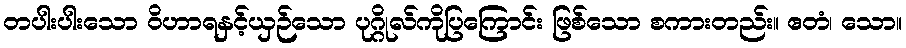
တပါးပါးသော ဝိဟာရနှင့်ယှဉ်သော ပုဂ္ဂိုလ်ကိုပြကြောင်း ဖြစ်သော စကားတည်း။ ဧတံ၊ သော။